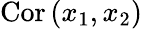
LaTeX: \mathrm{Cor}\left(x_{1},x_{2}\right)